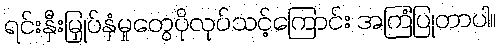
ရင်းနှီးမြှုပ်နှံမှုတွေပိုလုပ်သင့်ကြောင်း အကြံပြုတာပါ။